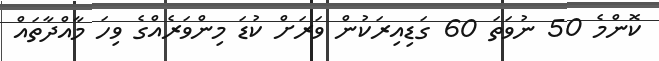
ކޮންމެ 50 ނުވަތަ 60 ގަޑިއިރަކުން ވަރަށް ކުޑަ މިންވަރެއްގެ ވިހަ މާއްދާތައް